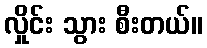
လှိုင်း သွား စီးတယ်။